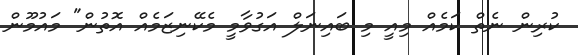
ކުރިން ނެތް ކަމެއް މިއީ މި ބައިނަލް އަގުވާމީ މެކޭނިޒަމެއް އޮތުން" މައުމޫން